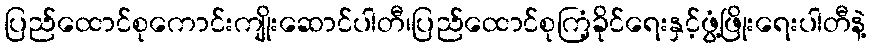
ပြည်ထောင်စုကောင်းကျိုးဆောင်ပါတီ၊ပြည်ထောင်စုကြံ့ခိုင်ရေးနှင့်ဖွံ့ဖြိုးရေးပါတီနဲ့